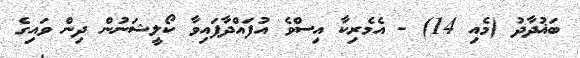
ބަޣުދާދު (މެއި 14) - އެމެރިކާ އިސްވެ އުފައްދާފައިވާ ކޯލީޝަނުން ދިން ވައިގެ